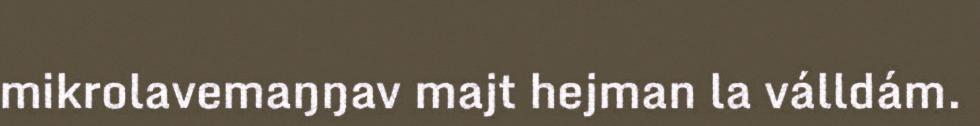
mikrolavemaŋŋav majt hejman la válldám.